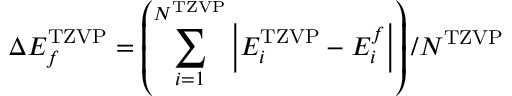
\Delta E _ { f } ^ { \mathrm { T Z V P } } = \left( \sum _ { i = 1 } ^ { N ^ { \mathrm { T Z V P } } } \left\lvert E _ { i } ^ { \mathrm { T Z V P } } - E _ { i } ^ { f } \right\rvert \right) / N ^ { \mathrm { T Z V P } }